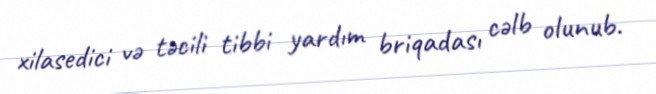
xilasedici və təcili tibbi yardım briqadası cəlb olunub.